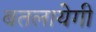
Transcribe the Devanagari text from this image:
बतलायेगी